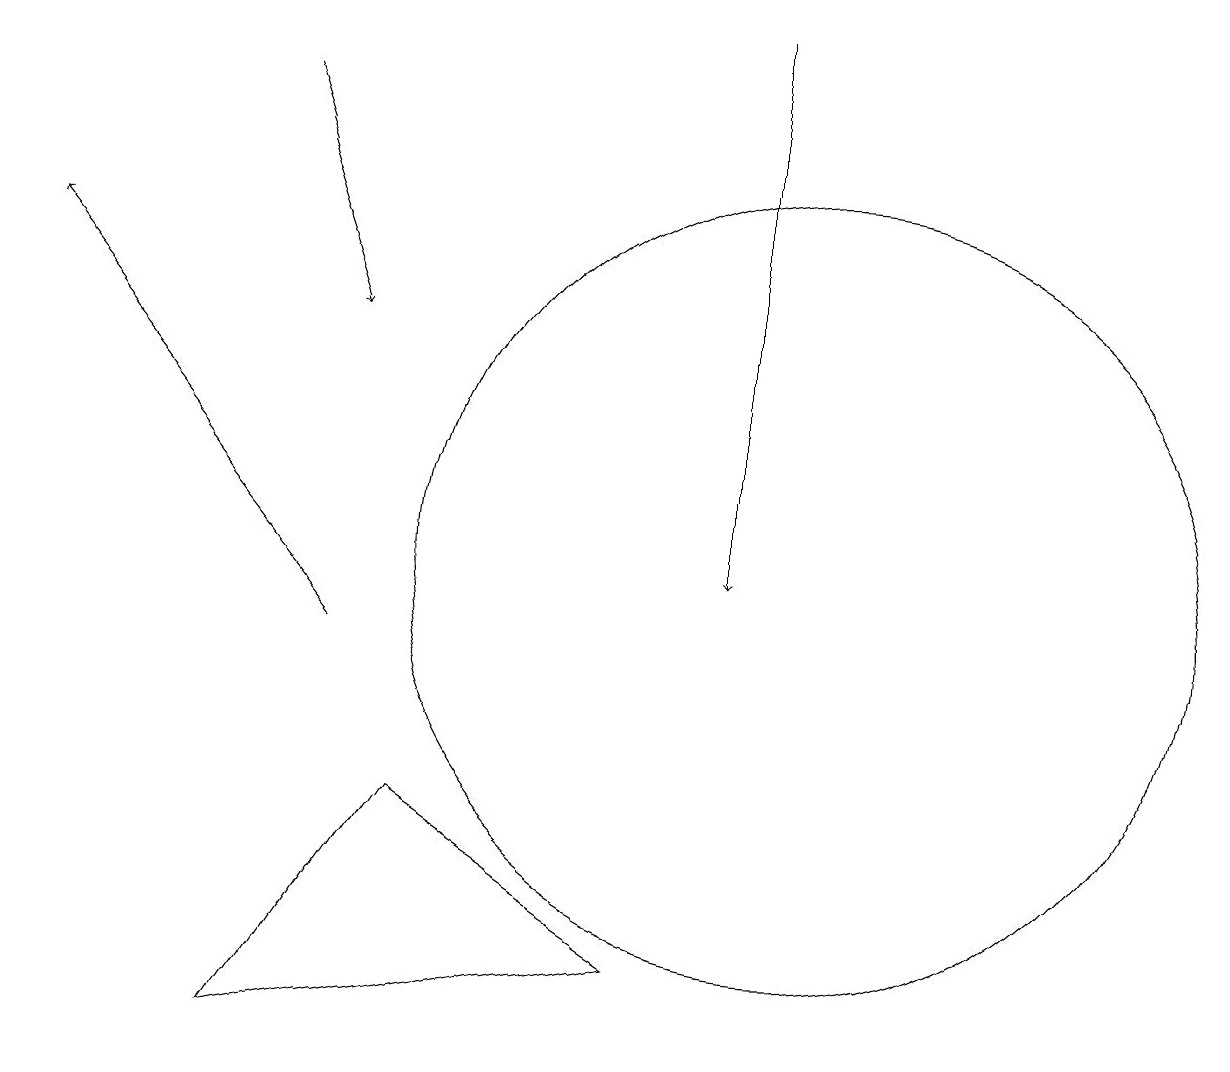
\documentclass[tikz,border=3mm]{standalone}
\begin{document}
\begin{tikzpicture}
\draw[->] (3,17) -- (4,14);
\draw[->] (4,10) -- (0,15);
\draw[->] (9,18) -- (9,11);
\draw (10,11) circle (5);
\draw (5,8) -- (3,5) -- (8,6) -- cycle;
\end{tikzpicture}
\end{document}